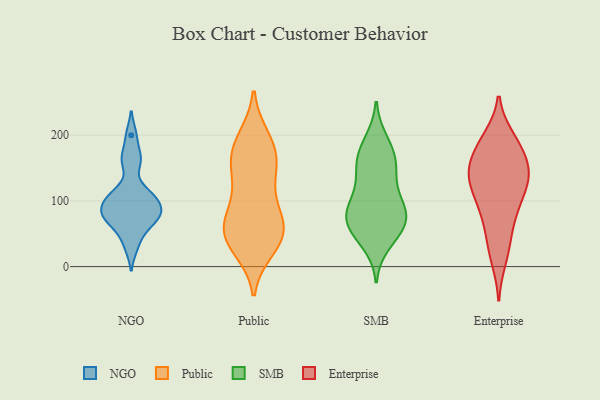
{"axis": {"x": "Conversion Rate (%)", "y": "Value"}, "legend": ["Enterprise", "NGO", "Public", "SMB"], "data": [{"x": "", "y": 164, "type": "NGO"}, {"x": "", "y": 75, "type": "NGO"}, {"x": "", "y": 114, "type": "NGO"}, {"x": "", "y": 85, "type": "NGO"}, {"x": "", "y": 71, "type": "NGO"}, {"x": "", "y": 106, "type": "NGO"}, {"x": "", "y": 98, "type": "NGO"}, {"x": "", "y": 200, "type": "NGO"}, {"x": "", "y": 107, "type": "NGO"}, {"x": "", "y": 161, "type": "NGO"}, {"x": "", "y": 53, "type": "NGO"}, {"x": "", "y": 76, "type": "NGO"}, {"x": "", "y": 83, "type": "NGO"}, {"x": "", "y": 30, "type": "NGO"}, {"x": "", "y": 43, "type": "Public"}, {"x": "", "y": 178, "type": "Public"}, {"x": "", "y": 153, "type": "Public"}, {"x": "", "y": 82, "type": "Public"}, {"x": "", "y": 154, "type": "Public"}, {"x": "", "y": 134, "type": "Public"}, {"x": "", "y": 49, "type": "Public"}, {"x": "", "y": 56, "type": "Public"}, {"x": "", "y": 28, "type": "Public"}, {"x": "", "y": 46, "type": "Public"}, {"x": "", "y": 72, "type": "Public"}, {"x": "", "y": 168, "type": "Public"}, {"x": "", "y": 195, "type": "Public"}, {"x": "", "y": 72, "type": "Public"}, {"x": "", "y": 110, "type": "Public"}, {"x": "", "y": 36, "type": "Public"}, {"x": "", "y": 191, "type": "Public"}, {"x": "", "y": 99, "type": "SMB"}, {"x": "", "y": 63, "type": "SMB"}, {"x": "", "y": 175, "type": "SMB"}, {"x": "", "y": 147, "type": "SMB"}, {"x": "", "y": 142, "type": "SMB"}, {"x": "", "y": 36, "type": "SMB"}, {"x": "", "y": 58, "type": "SMB"}, {"x": "", "y": 172, "type": "SMB"}, {"x": "", "y": 71, "type": "SMB"}, {"x": "", "y": 54, "type": "SMB"}, {"x": "", "y": 150, "type": "SMB"}, {"x": "", "y": 97, "type": "SMB"}, {"x": "", "y": 73, "type": "SMB"}, {"x": "", "y": 82, "type": "SMB"}, {"x": "", "y": 191, "type": "SMB"}, {"x": "", "y": 95, "type": "SMB"}, {"x": "", "y": 134, "type": "Enterprise"}, {"x": "", "y": 53, "type": "Enterprise"}, {"x": "", "y": 148, "type": "Enterprise"}, {"x": "", "y": 97, "type": "Enterprise"}, {"x": "", "y": 123, "type": "Enterprise"}, {"x": "", "y": 123, "type": "Enterprise"}, {"x": "", "y": 145, "type": "Enterprise"}, {"x": "", "y": 140, "type": "Enterprise"}, {"x": "", "y": 30, "type": "Enterprise"}, {"x": "", "y": 152, "type": "Enterprise"}, {"x": "", "y": 183, "type": "Enterprise"}, {"x": "", "y": 175, "type": "Enterprise"}, {"x": "", "y": 82, "type": "Enterprise"}, {"x": "", "y": 12, "type": "Enterprise"}, {"x": "", "y": 192, "type": "Enterprise"}, {"x": "", "y": 88, "type": "Enterprise"}, {"x": "", "y": 195, "type": "Enterprise"}]}